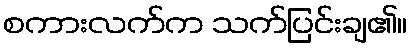
စကားလက်က သက်ပြင်းချ၏။